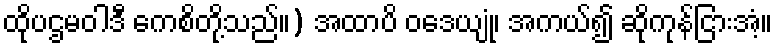
ထိုပဌမဝါဒီ ကေစိတို့သည်။) အထာပိ ဝဒေယျုံ၊ အကယ်၍ ဆိုကုန်ငြားအံ့။